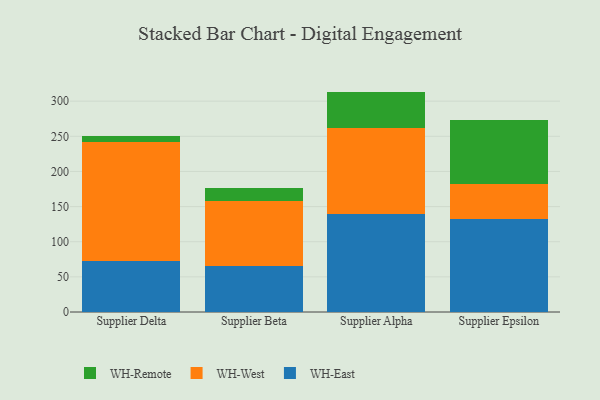
{"axis": {"x": "Supplier", "y": "Gross Profit (USD K)"}, "legend": ["WH-East", "WH-Remote", "WH-West"], "data": [{"x": "Supplier Delta", "y": 72.0, "type": "WH-East"}, {"x": "Supplier Delta", "y": 170.3, "type": "WH-West"}, {"x": "Supplier Delta", "y": 8.7, "type": "WH-Remote"}, {"x": "Supplier Beta", "y": 65.6, "type": "WH-East"}, {"x": "Supplier Beta", "y": 92.1, "type": "WH-West"}, {"x": "Supplier Beta", "y": 18.1, "type": "WH-Remote"}, {"x": "Supplier Alpha", "y": 140.1, "type": "WH-East"}, {"x": "Supplier Alpha", "y": 122.3, "type": "WH-West"}, {"x": "Supplier Alpha", "y": 51.2, "type": "WH-Remote"}, {"x": "Supplier Epsilon", "y": 131.7, "type": "WH-East"}, {"x": "Supplier Epsilon", "y": 50.3, "type": "WH-West"}, {"x": "Supplier Epsilon", "y": 91.5, "type": "WH-Remote"}]}